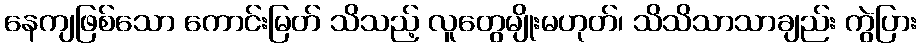
နေကျဖြစ်သော ကောင်းမြတ် သိသည့် လူတွေမျိုးမဟုတ်၊ သိသိသာသာချည်း ကွဲပြား